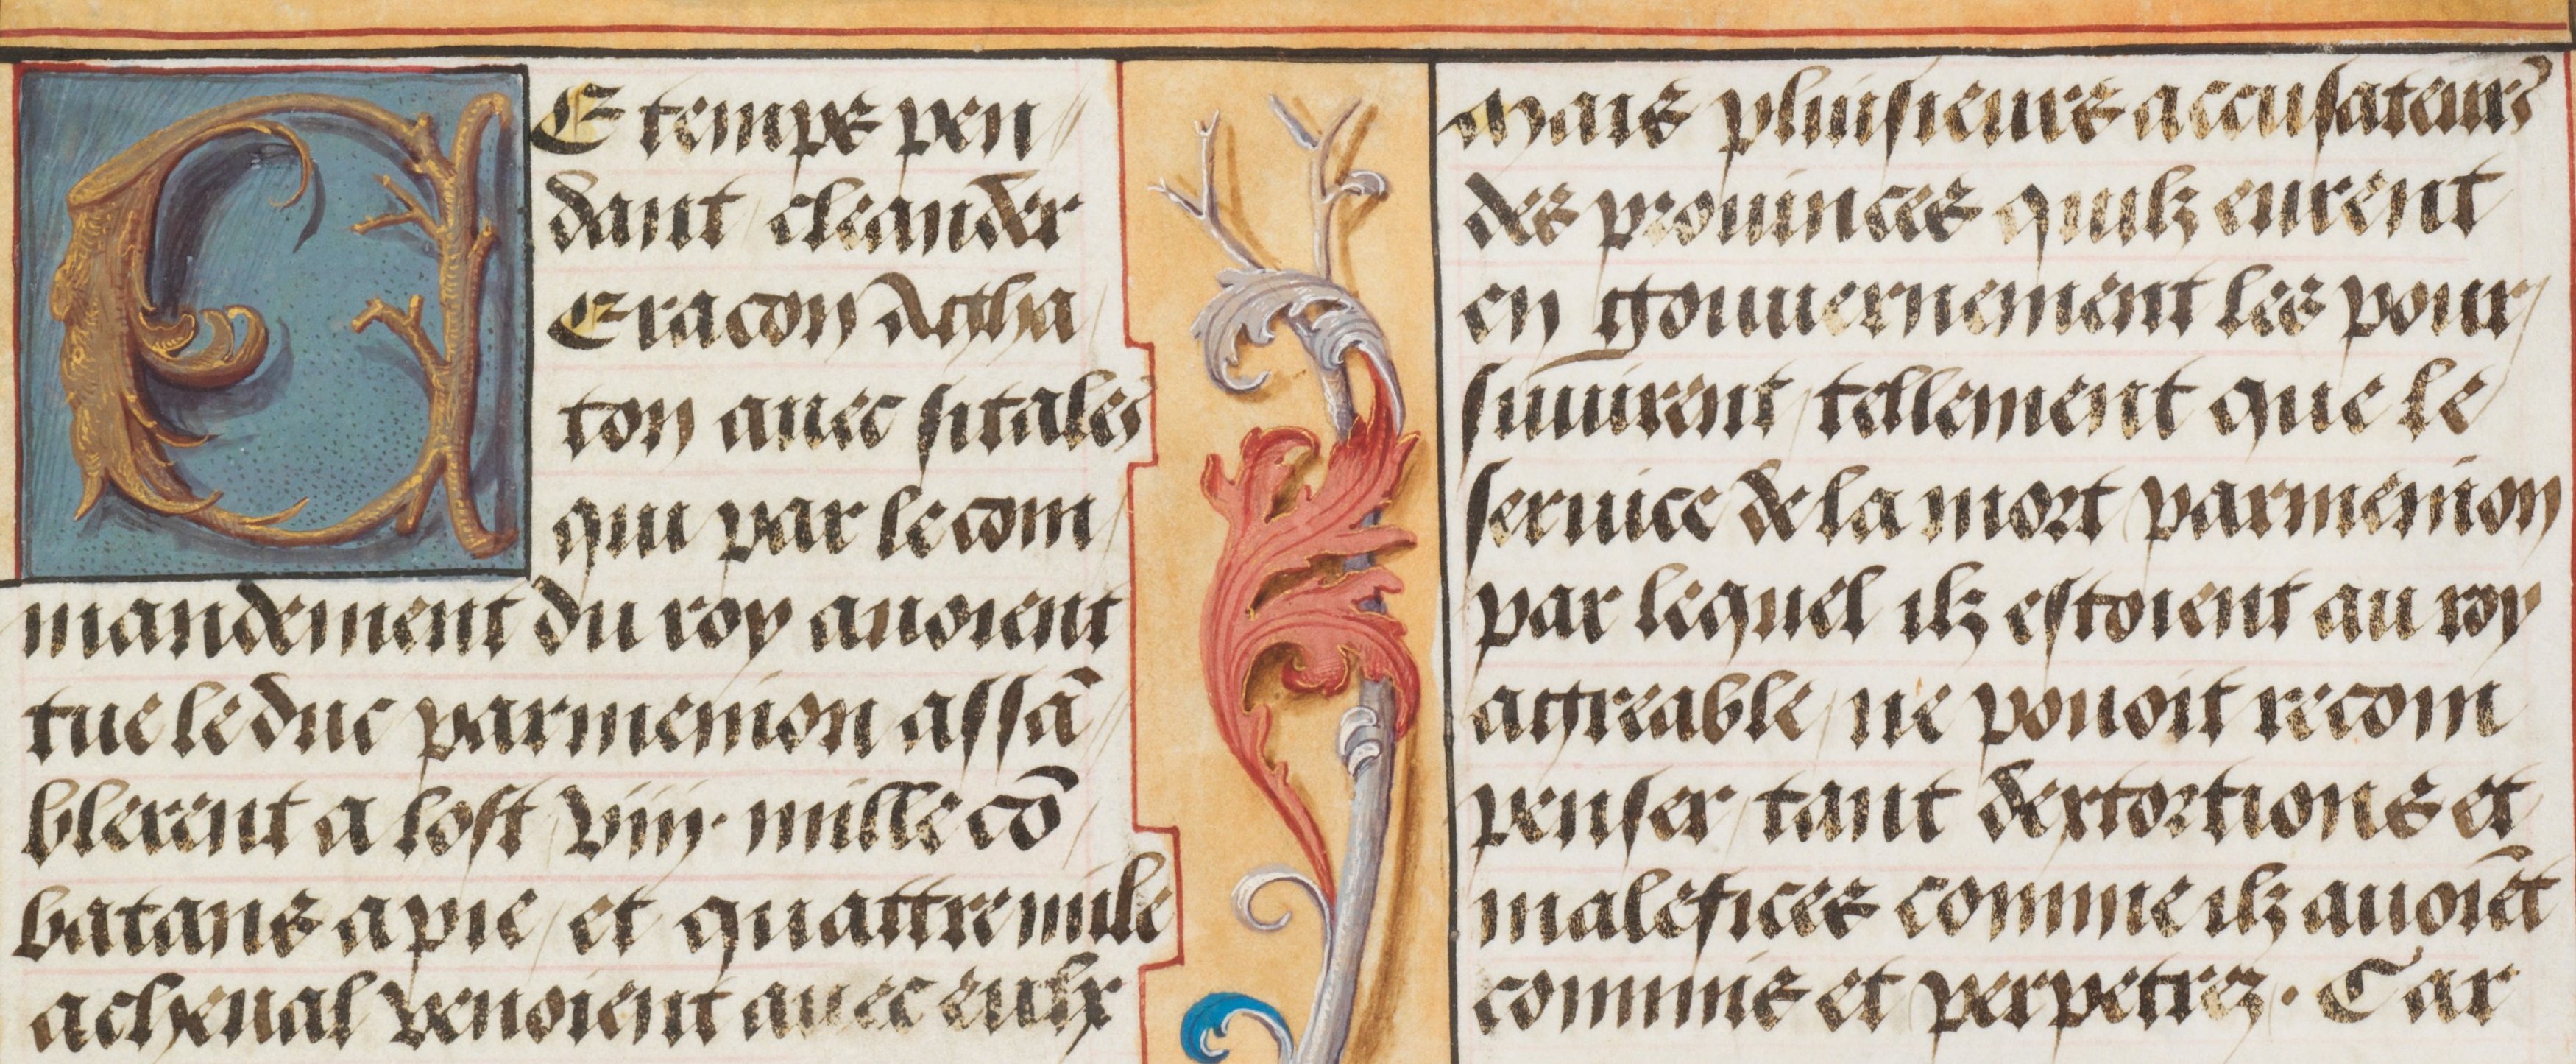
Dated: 1460–1515